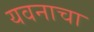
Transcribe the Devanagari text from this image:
यवनाचा